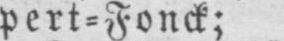
pert⸗Fonck;